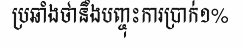
ប្រឆាំងថានឹងបញ្ចុះការប្រាក់១%